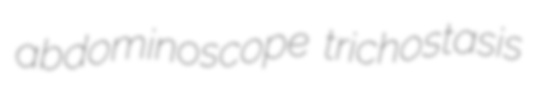
abdominoscope trichostasis